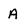
Character: A